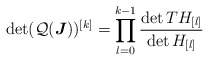
\begin{align*}\det (\mathcal Q (\boldsymbol J))^{[k]}=\prod_{l=0}^{k-1}\frac{\det TH_{[l]}}{\det H_{[l]}}\end{align*}